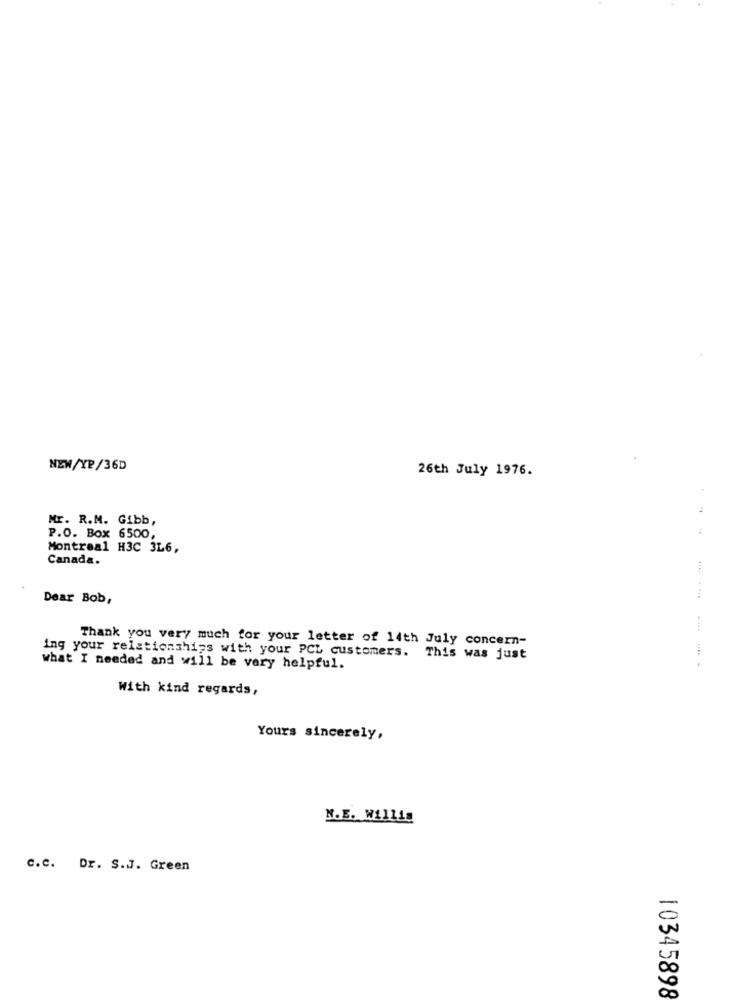
NEW/YP/36D
26th July 1976.
Mr. R.M. Gibb,
P.O. Box 6500,
Montreal H3C 3L6,
Canada.
Dear Bob,
Thank you very much for your letter of 14th July concern-
ing your relationships with your PCL customers. This was just
what I needed and will be very helpful.
With kind regards,
Yours sincerely,
N.E. Willis
C.C. Dr. S.J. Green
10345898